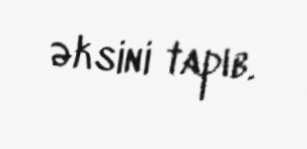
əksini tapıb.